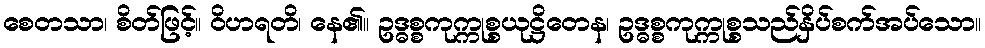
စေတသာ၊ စိတ်ဖြင့်။ ဝိဟရတိ၊ နေ၏။ ဥဒ္ဓစ္စကုက္ကုစ္စယုဋ္ဌိတေန၊ ဥဒ္ဓစ္စကုက္ကုစ္စသည်နှိပ်စက်အပ်သော။